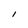
Character: l